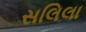
સલિલા